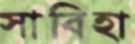
সাবিহা